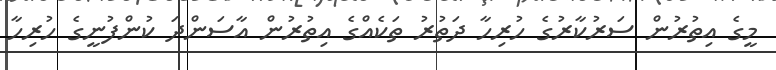
މީގެ އިތުރުން ސަރުކާރުގެ ހުރިހާ ދަތުރު ތަކެއްގެ އިތުރުން އާސަންދަ ކުންފުނީގެ ހުރިހާ